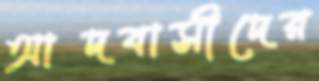
আদবাসীদের